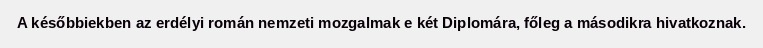
A későbbiekben az erdélyi román nemzeti mozgalmak e két Diplomára, főleg a másodikra hivatkoznak.